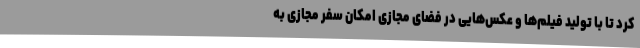
کرد تا با تولید فیلم‌ها و عکس‌هایی در فضای مجازی امکان سفر مجازی به